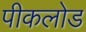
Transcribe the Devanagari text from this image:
पीकलोड